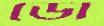
ডো